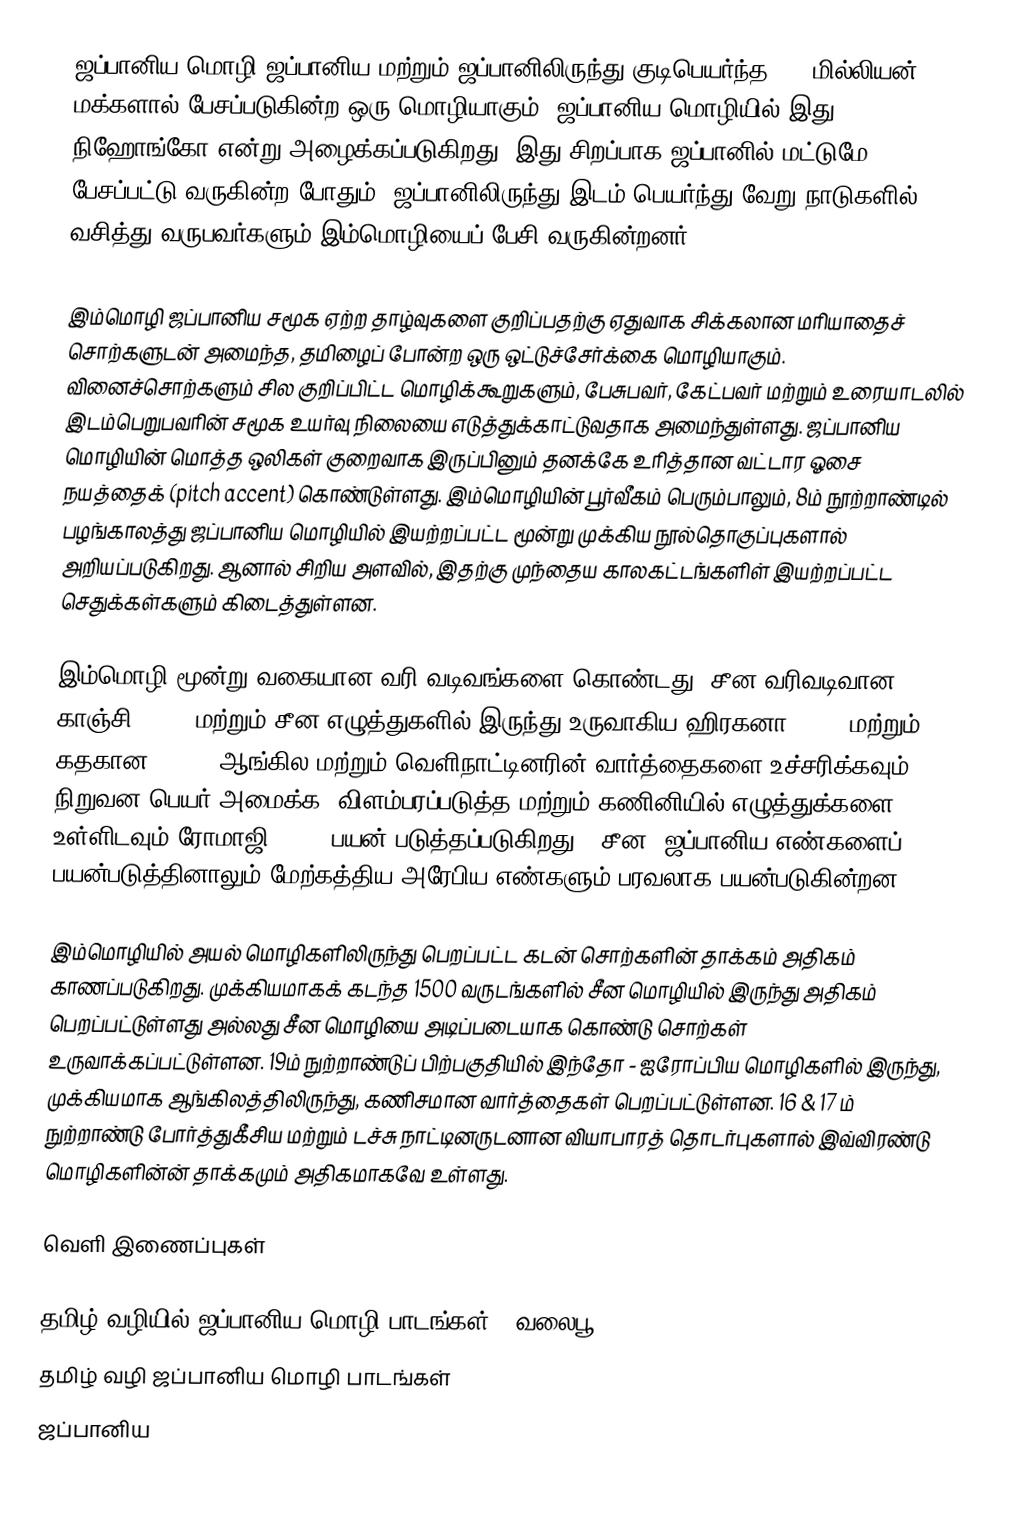
ஜப்பானிய மொழி ஜப்பானிய மற்றும் ஜப்பானிலிருந்து குடிபெயர்ந்த 130 மில்லியன் மக்களால் பேசப்படுகின்ற ஒரு மொழியாகும். ஜப்பானிய மொழியில் இது நிஹோங்கோ என்று அழைக்கப்படுகிறது. இது சிறப்பாக ஜப்பானில் மட்டுமே பேசப்பட்டு வருகின்ற போதும், ஜப்பானிலிருந்து இடம் பெயர்ந்து வேறு நாடுகளில் வசித்து வருபவர்களும் இம்மொழியைப் பேசி வருகின்றனர்.

இம்மொழி ஜப்பானிய சமூக ஏற்ற தாழ்வுகளை குறிப்பதற்கு ஏதுவாக சிக்கலான மரியாதைச் சொற்களுடன் அமைந்த, தமிழைப் போன்ற ஒரு ஒட்டுச்சேர்க்கை மொழியாகும். வினைச்சொற்களும் சில குறிப்பிட்ட மொழிக்கூறுகளும், பேசுபவர், கேட்பவர் மற்றும் உரையாடலில் இடம்பெறுபவரின் சமூக உயர்வு நிலையை எடுத்துக்காட்டுவதாக அமைந்துள்ளது. ஜப்பானிய மொழியின் மொத்த ஒலிகள் குறைவாக இருப்பினும் தனக்கே உரித்தான வட்டார ஓசை நயத்தைக் (pitch accent) கொண்டுள்ளது. இம்மொழியின் பூர்வீகம் பெரும்பாலும், 8ம் நூற்றாண்டில் பழங்காலத்து ஜப்பானிய மொழியில் இயற்றப்பட்ட மூன்று முக்கிய நூல்தொகுப்புகளால் அறியப்படுகிறது. ஆனால் சிறிய அளவில், இதற்கு முந்தைய காலகட்டங்களிள் இயற்றப்பட்ட செதுக்கள்களும் கிடைத்துள்ளன.

இம்மொழி மூன்று வகையான வரி வடிவங்களை கொண்டது. சீன வரிவடிவான காஞ்சி (漢字), மற்றும் சீன எழுத்துகளில் இருந்து உருவாகிய ஹிரகனா (平仮名) மற்றும் கதகான (片仮名). ஆங்கில மற்றும் வெளிநாட்டினரின் வார்த்தைகளை உச்சரிக்கவும், நிறுவன பெயர் அமைக்க, விளம்பரப்படுத்த மற்றும் கணினியில் எழுத்துக்களை உள்ளிடவும் ரோமாஜி(ローマ字) பயன் படுத்தப்படுகிறது. ,சீன, ஜப்பானிய எண்களைப் பயன்படுத்தினாலும் மேற்கத்திய அரேபிய எண்களும் பரவலாக பயன்படுகின்றன.

இம்மொழியில் அயல் மொழிகளிலிருந்து பெறப்பட்ட கடன் சொற்களின் தாக்கம் அதிகம் காணப்படுகிறது. முக்கியமாகக் கடந்த 1500 வருடங்களில் சீன மொழியில் இருந்து அதிகம் பெறப்பட்டுள்ளது அல்லது சீன மொழியை அடிப்படையாக கொண்டு சொற்கள் உருவாக்கப்பட்டுள்ளன. 19ம் நுற்றாண்டுப் பிற்பகுதியில் இந்தோ - ஐரோப்பிய மொழிகளில் இருந்து, முக்கியமாக ஆங்கிலத்திலிருந்து, கணிசமான வார்த்தைகள் பெறப்பட்டுள்ளன. 16 & 17 ம் நுற்றாண்டு போர்த்துகீசிய மற்றும் டச்சு நாட்டினருடனான வியாபாரத் தொடர்புகளால் இவ்விரண்டு மொழிகளின்ன் தாக்கமும் அதிகமாகவே உள்ளது.

வெளி இணைப்புகள்

 தமிழ் வழியில் ஜப்பானிய மொழி பாடங்கள் - வலைபூ
 தமிழ் வழி ஜப்பானிய மொழி பாடங்கள்
 ஜப்பானிய